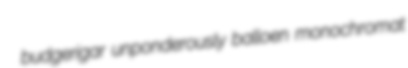
budgerigar unponderously balloen monochromat